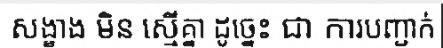
សង្ខាង មិន ស្មើគ្នា ដូច្នេះ ជា ការបញ្ជាក់